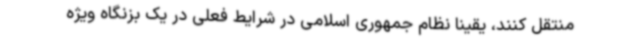
منتقل کنند، یقینا نظام جمهوری اسلامی در شرایط فعلی در یک بزنگاه ویژه